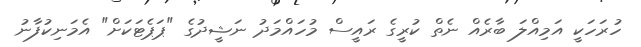
ހުރަހަކީ އަމިއްލަ ބާރެއް ނެތް ކުރީގެ ރައީސް މުހައްމަދު ނަޝީދުގެ "ޕަޕެޓަކަށް" އެމަނިކުފާނު